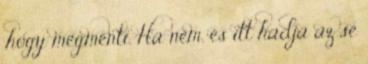
,hogy megmenti. Ha nem, és itt hadja az se